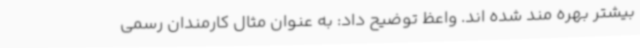
بیشتر بهره مند شده اند. واعظ توضیح داد: به عنوان مثال کارمندان رسمی